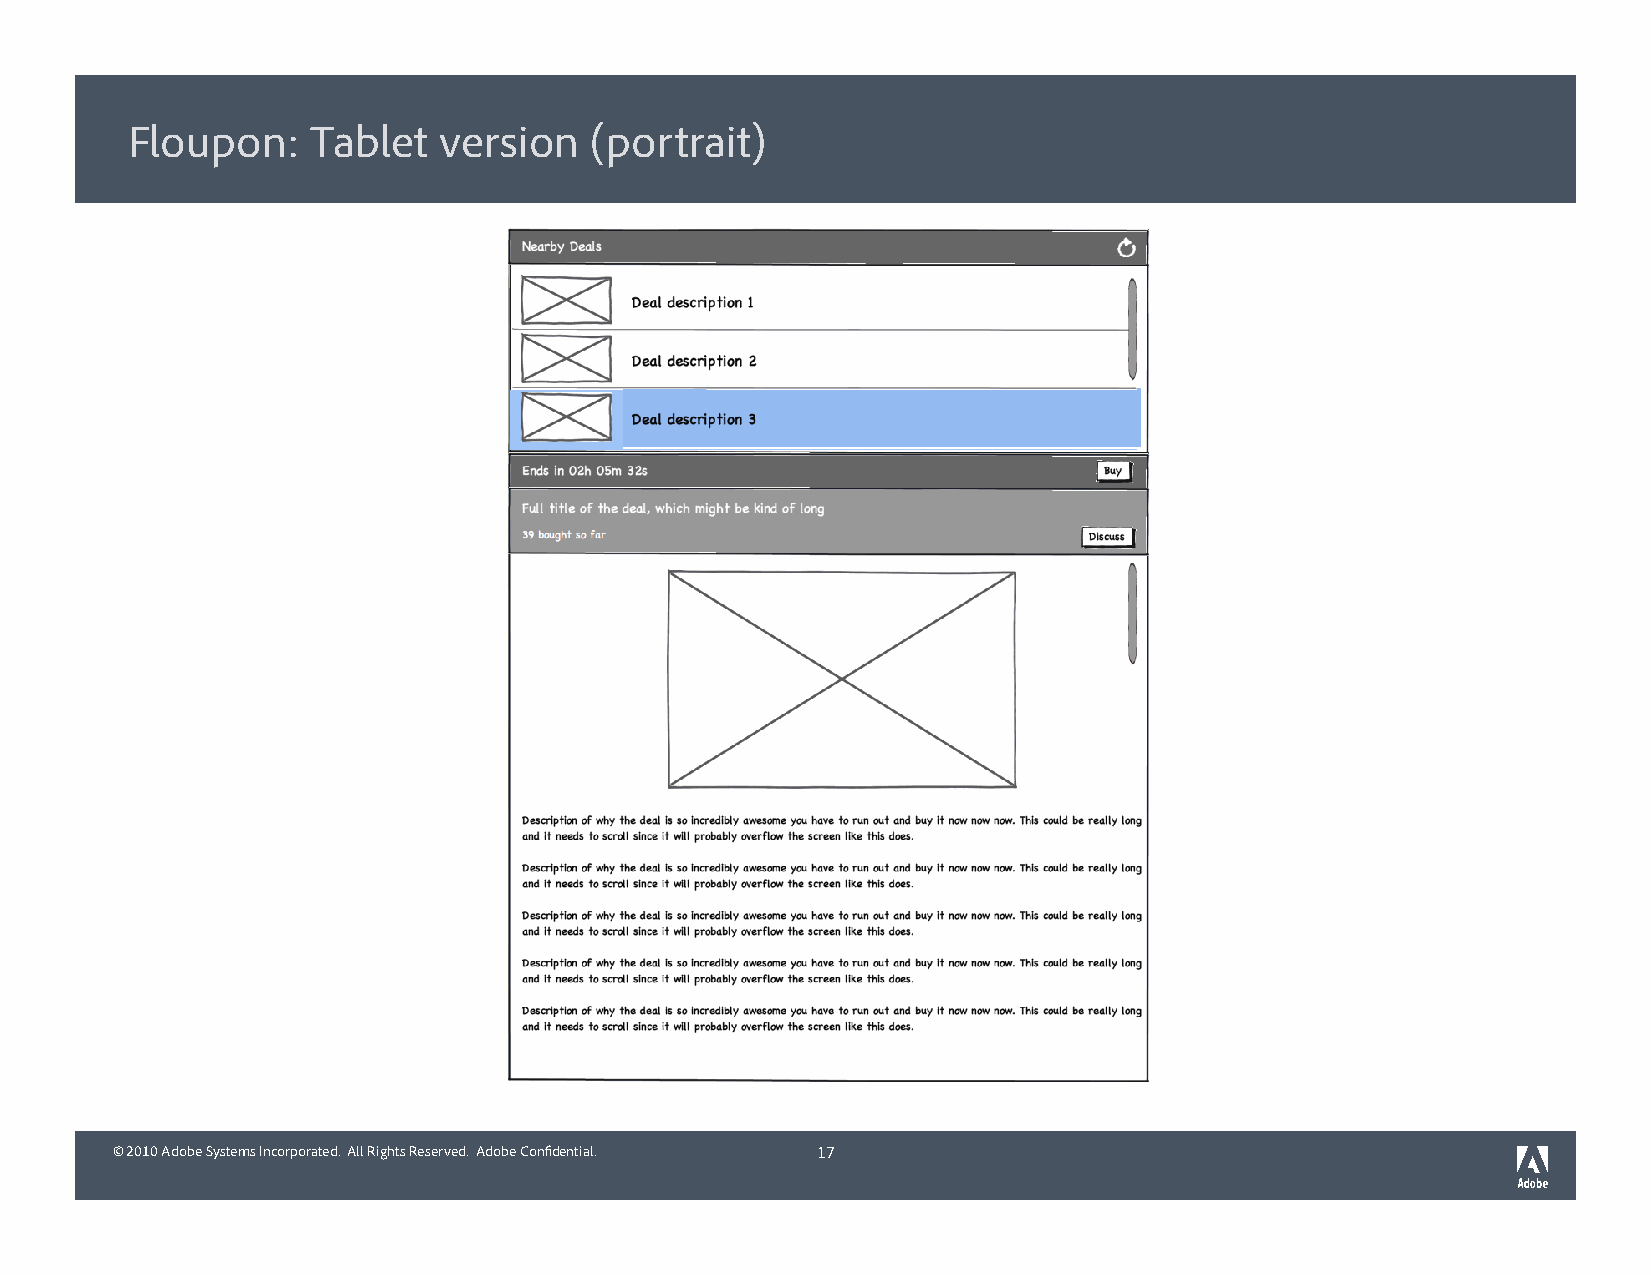
Floupon:     Tablet  version   (portrait)
 © 2010 Adobe Systems Incorporated. All Rights Reserved. Adobe Confidential. 17